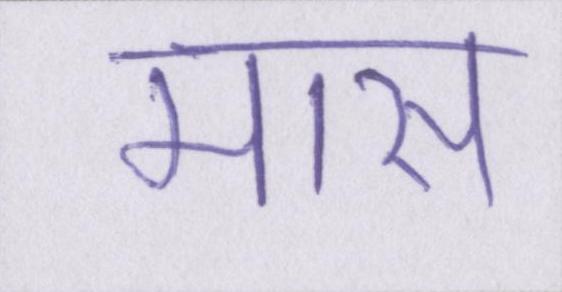
मास